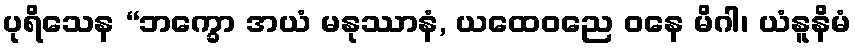
ပုရိသေန “ဘက္ခော အယံ မနုဿာနံ, ယထေဝညေ ဝနေ မိဂါ၊ ယံနူနိမံ